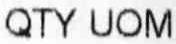
QTY UOM